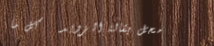
محل بقالة الزويد   كل ما